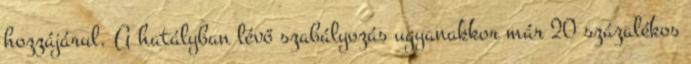
hozzájárul. A hatályban lévő szabályozás ugyanakkor már 20 százalékos